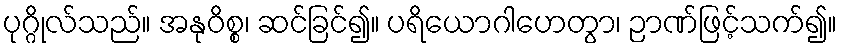
ပုဂ္ဂိုလ်သည်။ အနုဝိစ္စ၊ ဆင်ခြင်၍။ ပရိယောဂါဟေတွာ၊ ဉာဏ်ဖြင့်သက်၍။